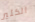
الكثير